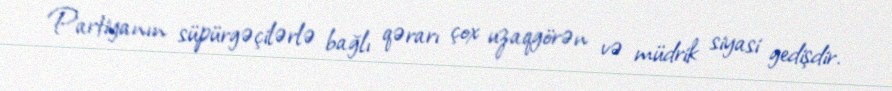
Partiyanın süpürgəçilərlə bağlı qərarı çox uzaqgörən və müdrik siyasi gedişdir.